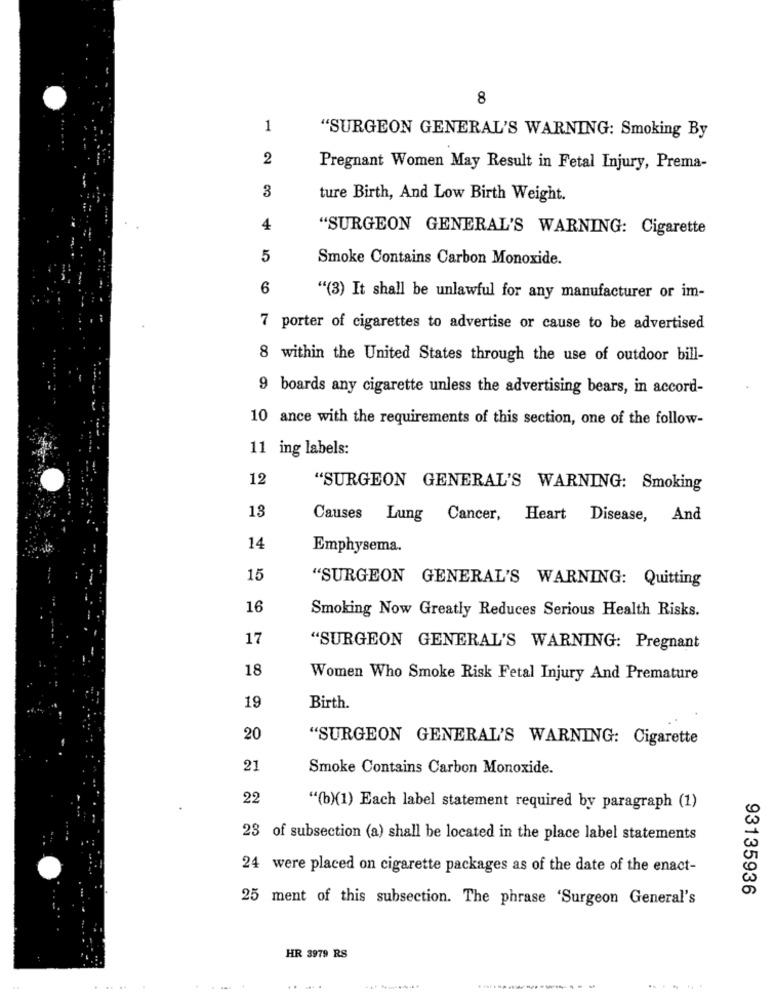
8
1
"SURGEON GENERAL'S WARNING: Smoking By
2
Pregnant Women May Result in Fetal Injury, Prema-
3
ture Birth, And Low Birth Weight.
4
"SURGEON GENERAL'S WARNING: Cigarette
5
Smoke Contains Carbon Monoxide.
6
"(3) It shall be unlawful for any manufacturer or im-
7 porter of cigarettes to advertise or cause to be advertised
8 within the United States through the use of outdoor bill-
9 boards any cigarette unless the advertising bears, in accord-
10 ance with the requirements of this section, one of the follow-
11 ing labels:
12
"SURGEON GENERAL'S WARNING: Smoking
13
Causes Lung
Cancer, Heart Disease, And
14
Emphysema.
15
"SURGEON GENERAL'S WARNING: Quitting
16
Smoking Now Greatly Reduces Serious Health Risks.
17
"SURGEON GENERAL'S WARNING: Pregnant
18
Women Who Smoke Risk Fetal Injury And Premature
19
Birth.
20
"SURGEON GENERAL'S WARNING: Cigarette
21
Smoke Contains Carbon Monoxide.
22
"(b)(1) Each label statement required by paragraph (1)
23 of subsection (a) shall be located in the place label statements
24 were placed on cigarette packages as of the date of the enact-
93135936
25 ment of this subsection. The phrase 'Surgeon General's
HR 3979 RS